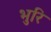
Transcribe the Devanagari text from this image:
भुरि